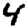
Digit: 4